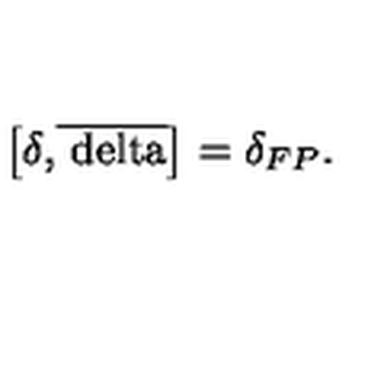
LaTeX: \left[ \delta \mathrm { { , } \overline { { \ d e l t a } } } \right] = \delta _ { F P } .